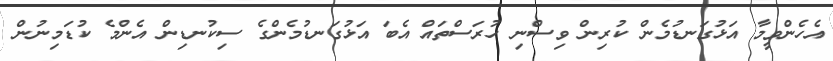
އެހެންވީމާ އަޅުގަނޑުމެން ކުރިން ވިސްނި ހުރަސްތައް އެބަ އަޅުގަނޑުމެންގެ ސިކުނޑިން އެންމެ ކުޑަމިނުން